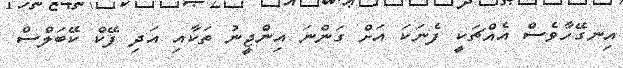
އިނގޭހާވެސް އެއްޗަކީ ފެނަކަ އަށް ގަންނަ އިންޖީނު ތަކާއި އަދި ފޭކް ކޭބަލްސް